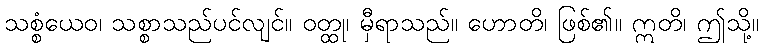
သစ္စံယေဝ၊ သစ္စာသည်ပင်လျင်။ ဝတ္ထု၊ မှီရာသည်။ ဟောတိ၊ ဖြစ်၏။ ဣတိ၊ ဤသို့။